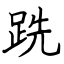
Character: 跣